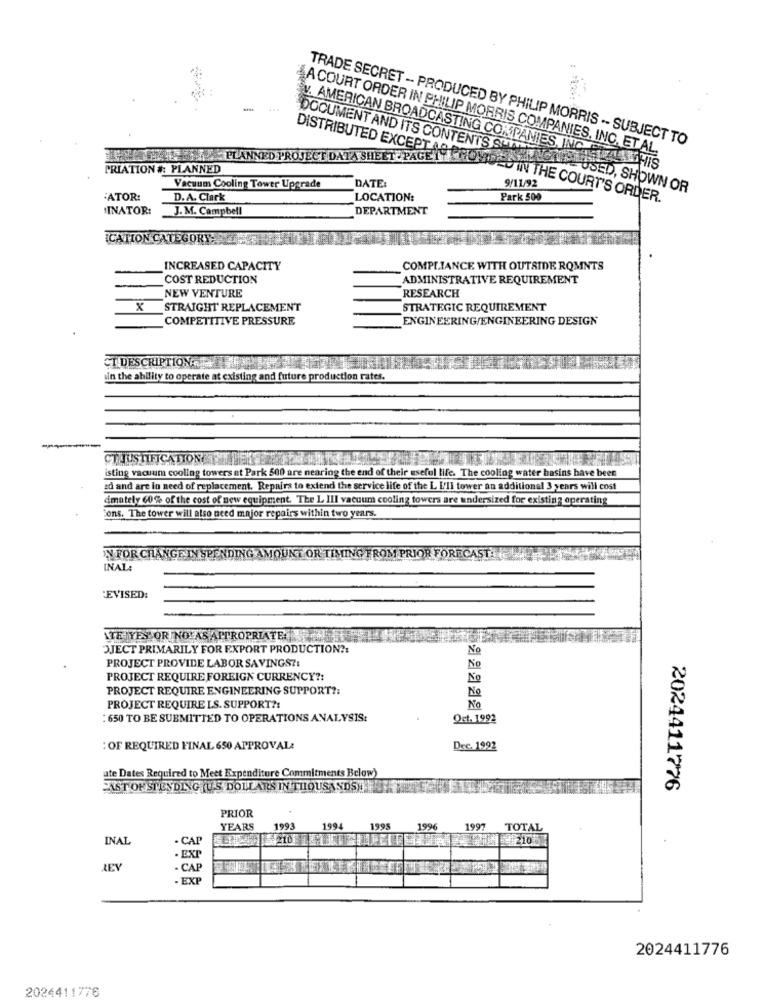
TRADE SECRET -- PRODUCED BY PHILIP MORRIS -- SUBJECT TO
4A COURT ORDER IN PHILIP MORRIS COMPANIES, INC. ETAL.
DOCUMENT AND ITS CONTENTS SHAN
DISTRIBUTED EXCEPTAPP
PLANNED PROJECT DATA SHEET PAGE 1Y HOU
V. AMERICAN BROADCASTING COMPANIES, INC.ETA
PRIATION #: PLANNED
Vacuum Cooling Tower Upgrade
DATE:
9/11/92
USED, SHOWN OR
:ATOR:
D. A. Clark
LOCATION:
EU IN THE COURT'S ORDER.
Park 500
INATOR:
J.M. Campbell
DEPARTMENT
ICATION CATEGORY
INCREASED CAPACITY
COMPLIANCE WITH OUTSIDE ROMNTS
COST REDUCTION
ADMINISTRATIVE REQUIREMENT
NEW VENTURE
RESEARCH
X
STRAIGHT REPLACEMENT
STRATEGIC REQUIREMENT
COMPETITIVE PRESSURE
ENGINEERING/ENGINEERING DESIGN
CT DESCRIPTION :-
sin the ability to operate at existing and future production rates.
isting vacuum cooling towers at Park 500 are nearing the end of their useful life. The cooling water basins have been
ad and are in need of replacement. Repairs to extend the service life of the L I'll tower an additional 3 years will cost
dimately 60% of the cost of new equipment. The L Ill vacuum cooling towers are undersized for existing operating
Cons. The tower will also need major repairs within two years.
IN FOR CHANGE IN SPENDING AMOUNT OR TIMING FROM PRIOR FORECAST:
INAL:
EVISED:
TE YES OR NO AS APPROPRIATE
OJECT PRIMARILY FOR EXPORT PRODUCTION ?:
No
PROJECT PROVIDE LABOR SAVINGS ?:
No
PROJECT REQUIRE FOREIGN CURRENCY ?:
No
PROJECT REQUIRE ENGINEERING SUPPORT ?:
No
No
PROJECT REQUIRE LS. SUPPORT ?:
:650 TO BE SUBMITTED TO OPERATIONS ANALYSIS:
Qrt. 1992
: OF REQUIRED FINAL 650 APPROVAL:
Dec. 1992
ate Dates Required to Meet Expenditure Commitments Below)
CASTOR SPENDING(US DOLLARS IN THOUSANDS).
2024411776
PRIOR
YEARS
1993
1994
1995
1996
1997
TOTAL
INAL
. CAF
21051
· EXP
- CAP
EXP
2024411776
2024411776